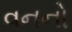
વનનો